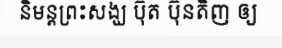
និមន្តព្រះសង្ឃ ប៊ុត ប៊ុនតិញ ឲ្យ